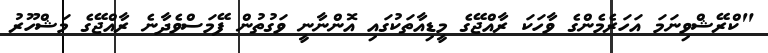
"ކްރޭޝްވިނަމަ އަހަރެމެންގެ ވާހަކަ ރާއްޖޭގެ މީޑިއާތަކުގައި އޮންނާނީ ވަގުތުން ފޭމަސްވެދާނެ ރާއްޖޭގެ މަޝްހޫރު